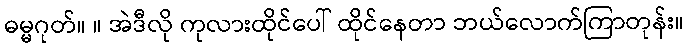
ဓမ္မဂုတ်။ ။ အဲဒီလို ကုလားထိုင်ပေါ် ထိုင်နေတာ ဘယ်လောက်ကြာတုန်း။